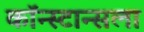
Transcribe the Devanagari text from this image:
कॉन्स्टान्सला